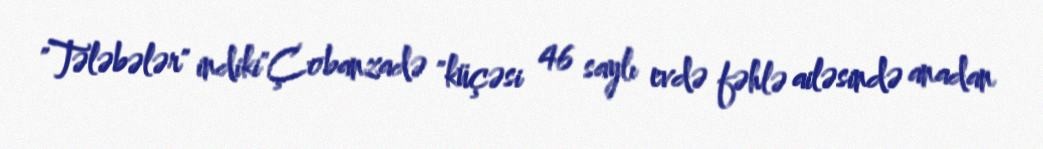
"Tələbələr" indiki"Çobanzadə "küçəsi 46 saylı evdə fəhlə ailəsində anadan